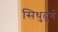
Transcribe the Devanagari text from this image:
सिधुदुर्ग